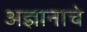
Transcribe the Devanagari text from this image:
अज्ञानाचे